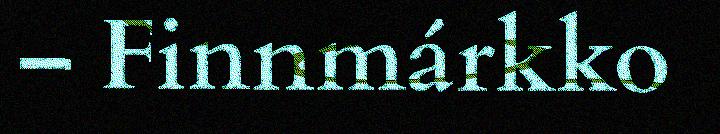
– Finnmárkko